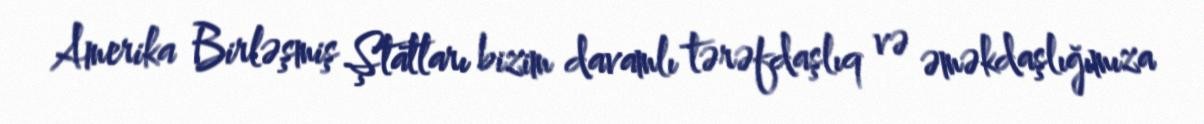
Amerika Birləşmiş Ştatları bizim davamlı tərəfdaşlıq və əməkdaşlığımıza